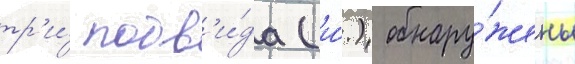
тр'и́ подв'и́да (и́.) обнару́жены